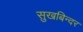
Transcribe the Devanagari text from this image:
सुखबिन्दर